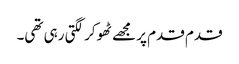
قدم قدم پر مجھے ٹھوکر لگتی رہی تھی۔